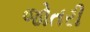
જોતરી